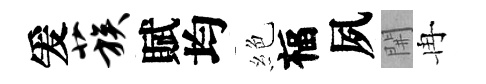
爰蔟賦均絶福夙𨳩冉